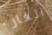
الفار